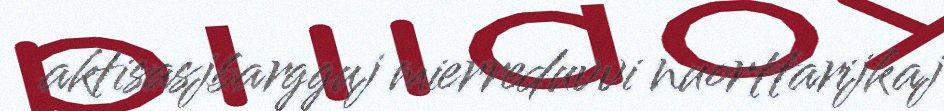
aktisasjbargguj mierreduvvi nuorttarijkaj